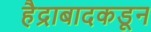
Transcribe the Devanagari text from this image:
हैद्राबादकडून